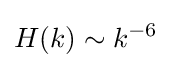
H(k)\sim k^{-6}